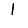
Digit: 1